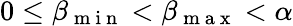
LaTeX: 0\leq\beta_{\mathrm{~m~i~n~}}<\beta_{\mathrm{~m~a~x~}}<\alpha